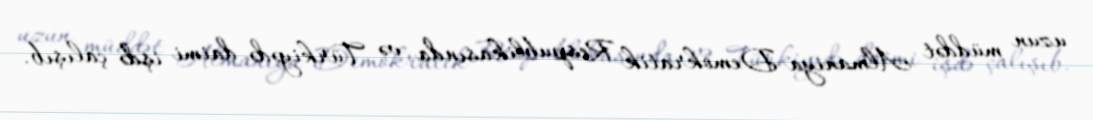
uzun müddət Almaniya Demokratik Respublikasında və Türkiyədə daimi işdə çalışıb.